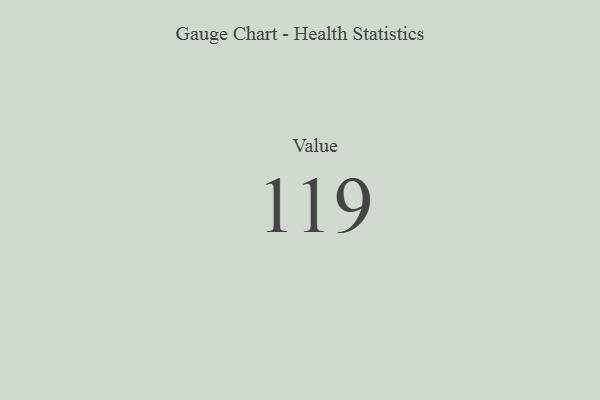
{"axis": {"x": "Metric", "y": "Value"}, "legend": [""], "data": [{"x": "Value", "y": 119, "type": ""}]}